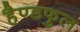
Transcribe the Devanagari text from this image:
हैण्डफुल